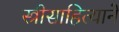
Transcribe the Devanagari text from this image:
स्त्रीसाहित्याने